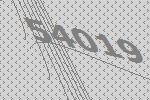
54019